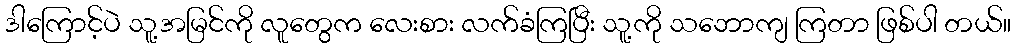
ဒါကြောင့်ပဲ သူ့အမြင်ကို လူတွေက လေးစား လက်ခံကြပြီး သူ့ကို သဘောကျ ကြတာ ဖြစ်ပါ တယ်။